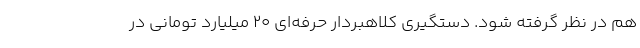
هم در نظر گرفته شود. دستگیری کلاهبردار حرفه‌ای 20 میلیارد تومانی در